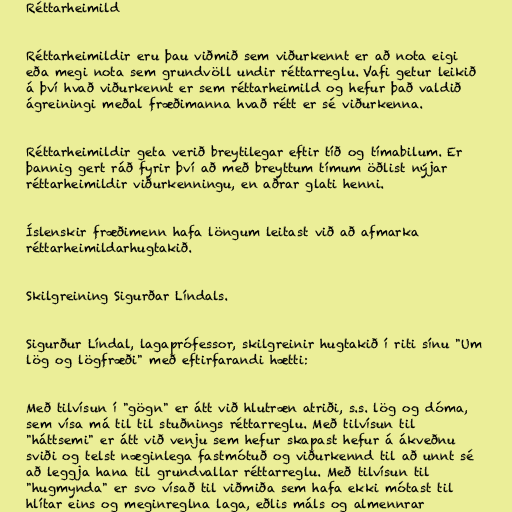
Réttarheimild

Réttarheimildir eru þau viðmið sem viðurkennt er að nota eigi
eða megi nota sem grundvöll undir réttarreglu. Vafi getur leikið
á því hvað viðurkennt er sem réttarheimild og hefur það valdið
ágreiningi meðal fræðimanna hvað rétt er sé viðurkenna.

Réttarheimildir geta verið breytilegar eftir tíð og tímabilum. Er
þannig gert ráð fyrir því að með breyttum tímum öðlist nýjar
réttarheimildir viðurkenningu, en aðrar glati henni.

Íslenskir fræðimenn hafa löngum leitast við að afmarka
réttarheimildarhugtakið.

Skilgreining Sigurðar Líndals.

Sigurður Líndal, lagaprófessor, skilgreinir hugtakið í riti sínu "Um
lög og lögfræði" með eftirfarandi hætti:

Með tilvísun í "gögn" er átt við hlutræn atriði, s.s. lög og dóma,
sem vísa má til til stuðnings réttarreglu. Með tilvísun til
"háttsemi" er átt við venju sem hefur skapast hefur á ákveðnu
sviði og telst næginlega fastmótuð og viðurkennd til að unnt sé
að leggja hana til grundvallar réttarreglu. Með tilvísun til
"hugmynda" er svo vísað til viðmiða sem hafa ekki mótast til
hlítar eins og meginreglna laga, eðlis máls og almennrar